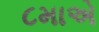
૮માએ